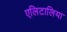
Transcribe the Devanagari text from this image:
एलिटालिया